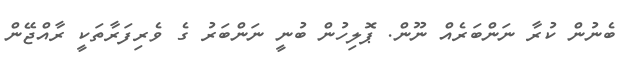
ބެނުން ކުރާ ނަންބަރެއް ނޫން. ޕޮލިހުން ބުނީ ނަންބަރު ގެ ވެރިފަރާތަކީ ރާއްޖޭން